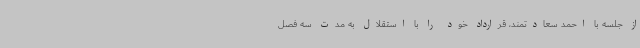
از جلسه با احمد سعادتمند، قرارداد خود را با استقلال به مدت سه فصل